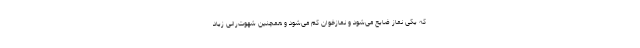
که یکی نماز ضایع می‌شود و نمازخوان کم می‌شود و همچنین شهوت‌رانی زیاد